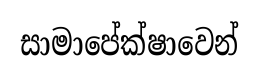
සාමාපේක්ෂාවෙන්